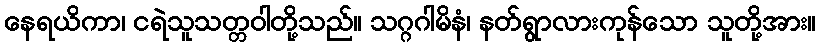
နေရယိကာ၊ ငရဲသူသတ္တဝါတို့သည်။ သဂ္ဂဂါမိနံ၊ နတ်ရွာလားကုန်သော သူတို့အား။